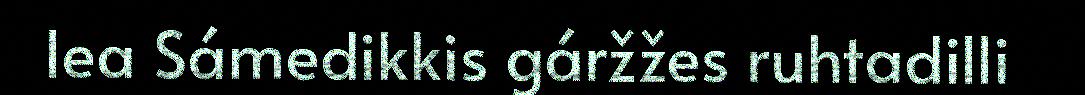
lea Sámedikkis gáržžes ruhtadilli